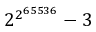
{ 2 ^ { 2 ^ { 6 5 5 3 6 } } } - 3